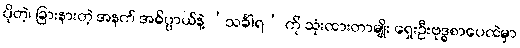
ပိုတဲ့၊ ခြားနားတဲ့ အနက် အဓိပ္ပာယ်နဲ့ ‘သင်္ခါရ’ ကို သုံးထားတာမျိုး ရှေးဦးဗုဒ္ဓစာပေထဲမှာ